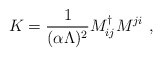
\begin{align*}K = {1 \over {(\alpha \Lambda)^2}} M^{\dag}_{ij} M^{ji} \ ,\end{align*}